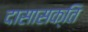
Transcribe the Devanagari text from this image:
दासासक्ति